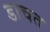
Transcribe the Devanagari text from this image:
डाचत